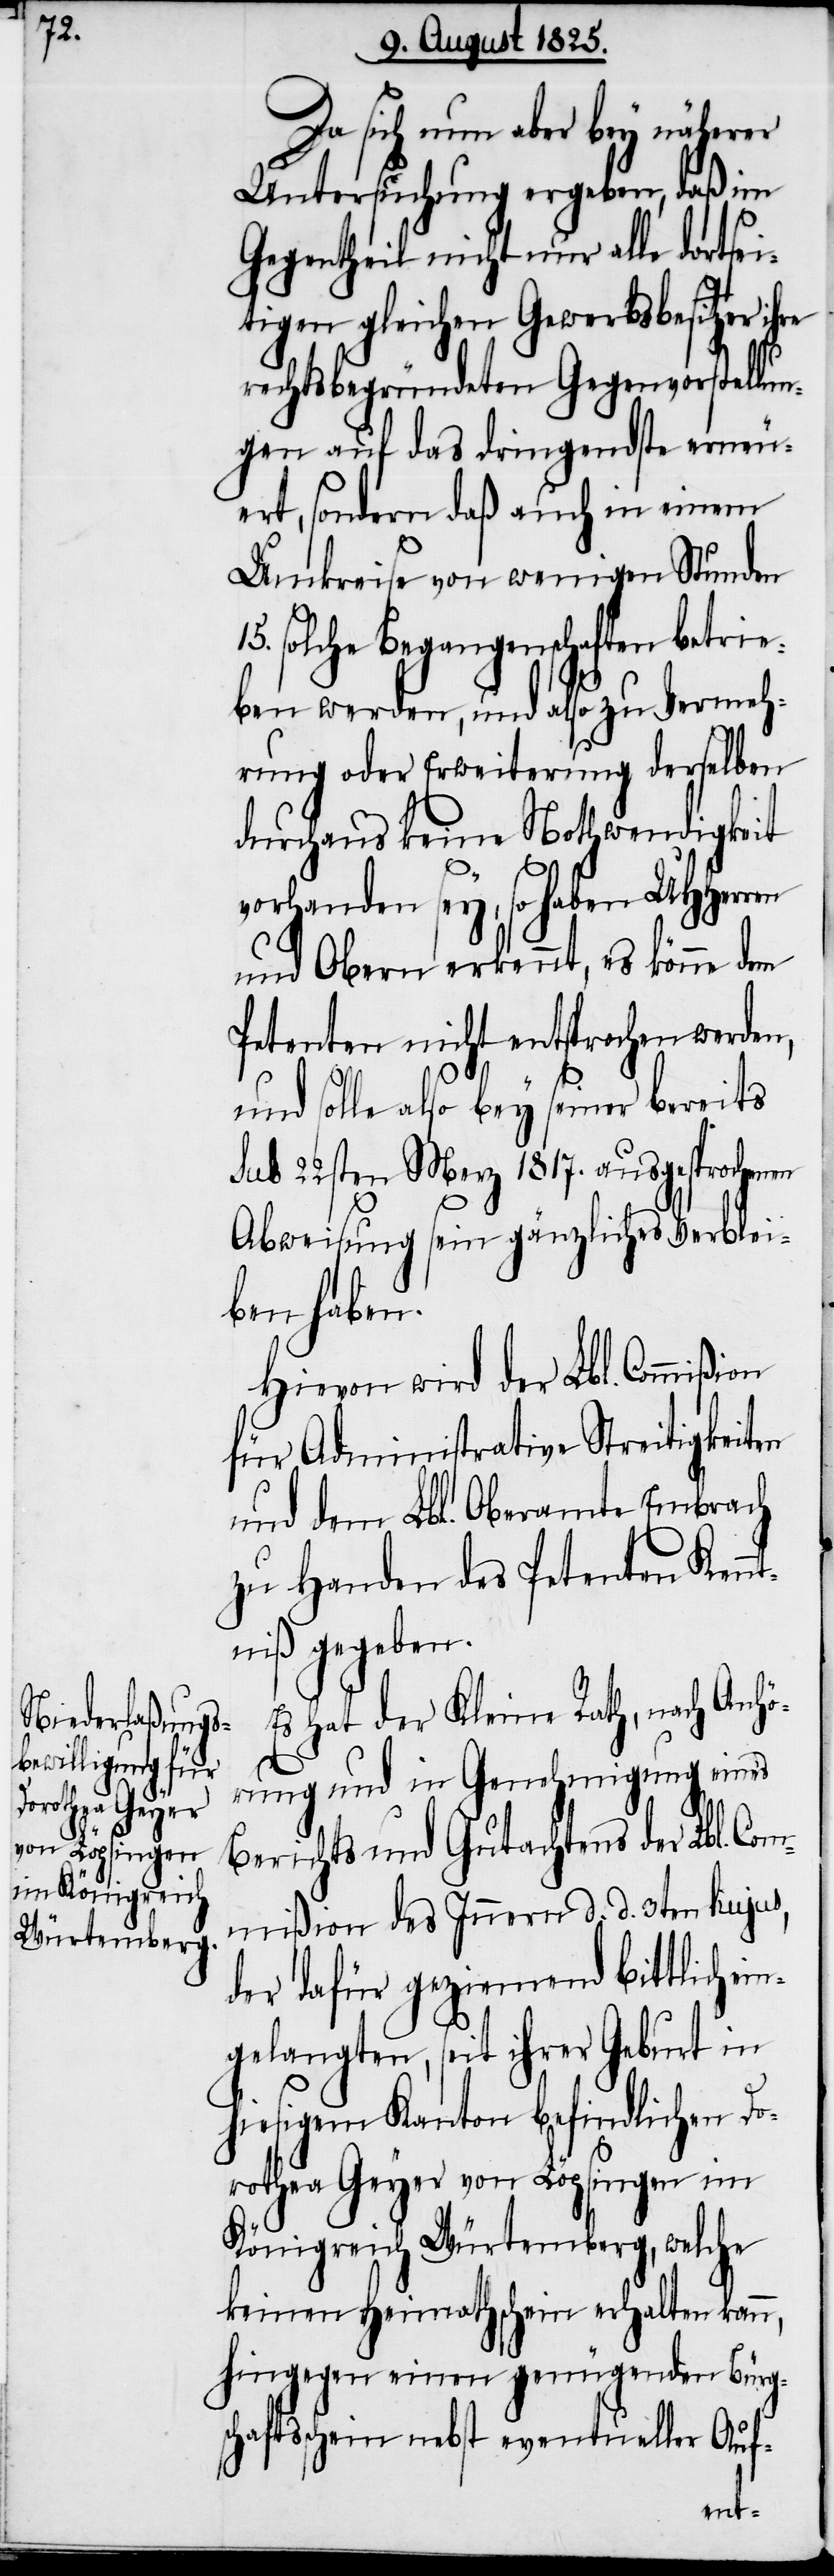
Da sich nun aber bey näherer
Untersuchung ergeben, daß im
Gegentheil nicht nur alle dortse¬
itigen gleichen Gewerbsbesitzer ihre
rechtsbegründeten Gegenvorstellu¬
ngen auf das dringendste erneu¬
ert, sondern daß auch in einem
Umkreise von wenigen Stunden
15. solche Begangenschaften betrie¬
ben werden, und also zu Vermeh¬
rung oder Erweiterung derselben
durchaus keine Nothwendigkeit
vorhanden sey, so haben UHherren
und Obern erkennt, es könne dem
Petenten nicht entsprochen werden,
und solle also bey seiner bereits
sub 22sten Merz 1817. ausgesprochenen
Abweichung sein gänzliches Verblei¬
ben haben.
Hievon wird der Lbl. Commißion
für Administrative Streitigkeit¬
und dem Lbl. Oberamte Embrach
zu Handen des Petenten Ken¬
niß gegeben.
Es hat der Kleine Rath, nach Anh¬
örung und in Genehmigung eines
Berichts und Gutachtens der Lbl. Co¬
mmißion des Innern d. d. 3ten hujus,
der dafür geziemend bittlich
gelangten, seit ihrer Geburt in
hiesigem Kanton befindlichen Do¬
rothea Geyer von Löpfingen im
Königreich Würtemberg, welche
keinen Heimathschein erhalten kann,
hingegen einen genügenden Bürgs¬
chaftsschein nebst eventueller Auf-
ein¬